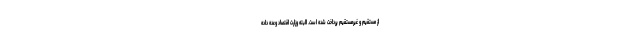
از مستقیم و غیرمستقیم پرداخت شده است. البته وزارت اقتصاد وعده داده